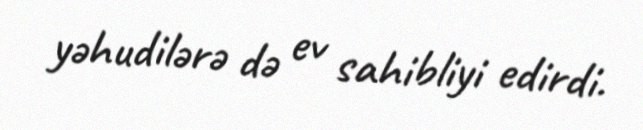
yəhudilərə də ev sahibliyi edirdi.